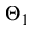
\Theta _ { 1 }